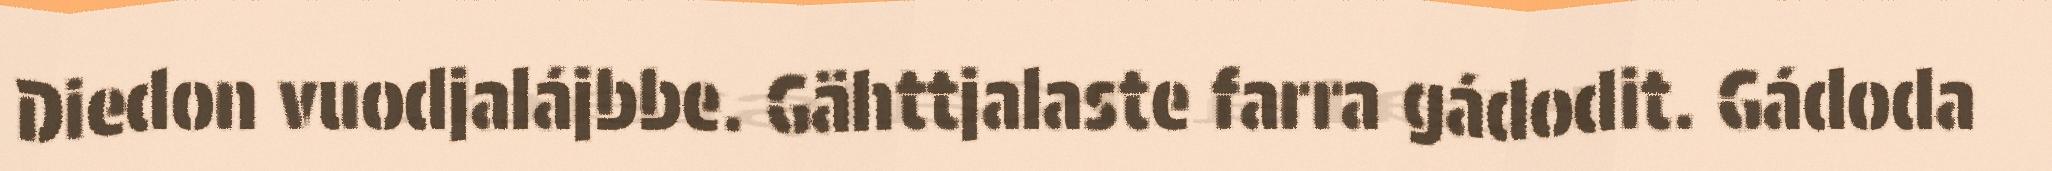
Diedon vuodjalájbbe. Gähttjalaste farra gádodit. Gádoda